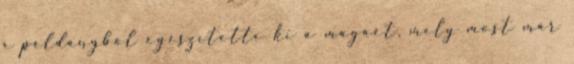
e példányból egészítette ki a magáét, mely most már